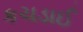
કચડાઈ